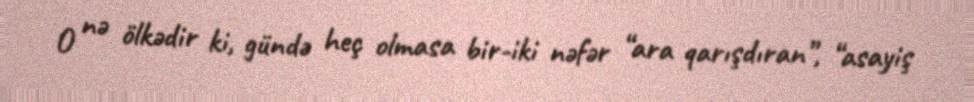
O nə ölkədir ki, gündə heç olmasa bir-iki nəfər “ara qarışdıran”, “asayiş